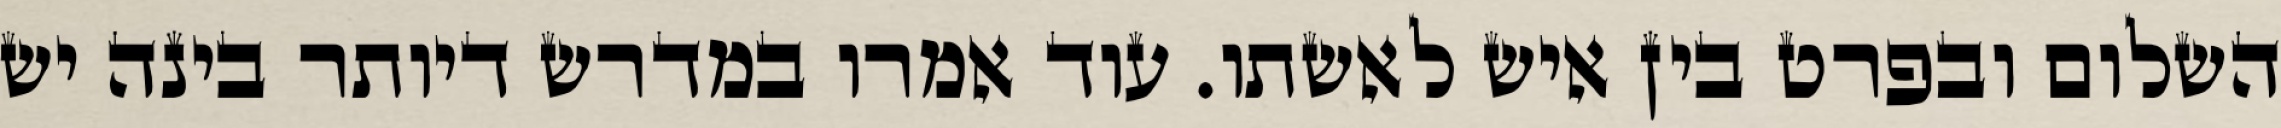
השלום ובפרט בין איש לאשתו. עוד אמרו במדרש דיותר בינה יש